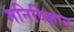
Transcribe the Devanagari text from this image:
मनिविज्ञान